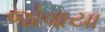
જોવાયા